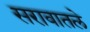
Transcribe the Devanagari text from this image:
सरावातले